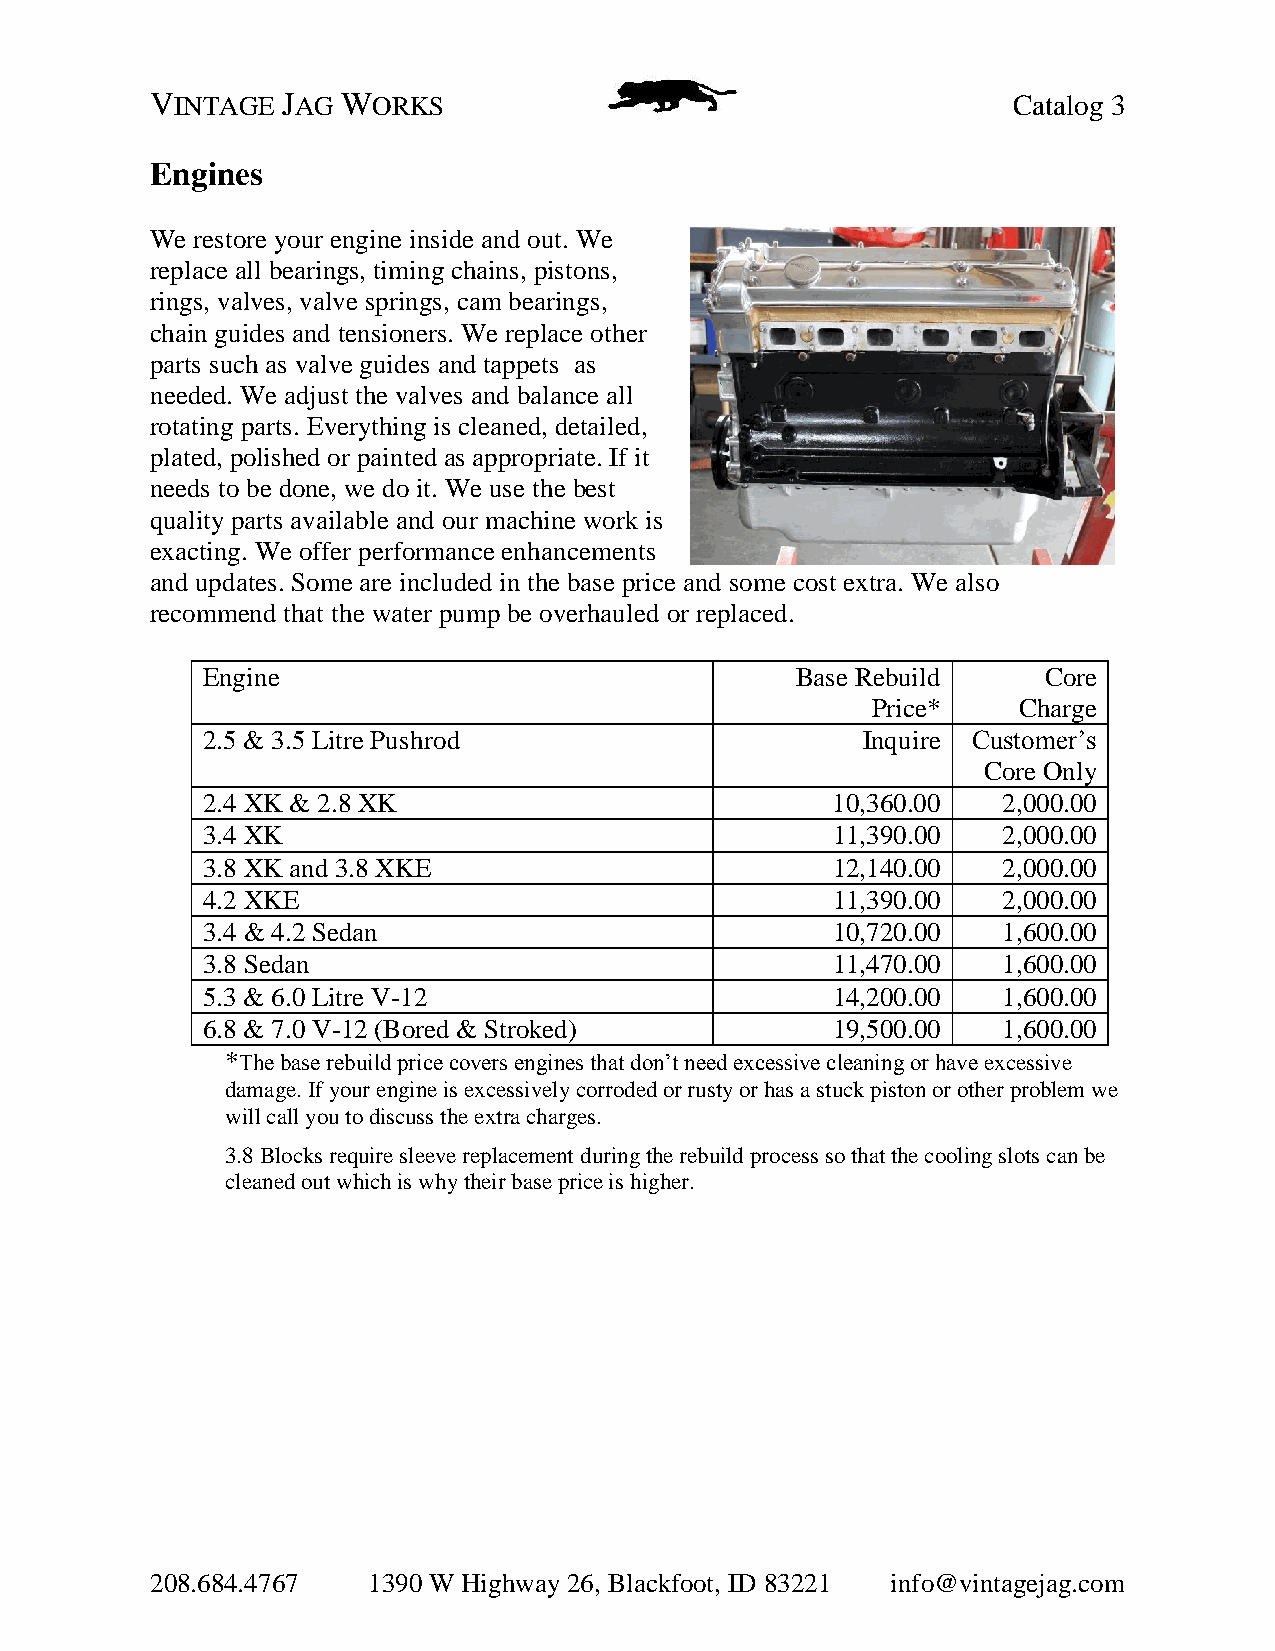
VINTAGE  JAG WORKS                                       Catalog 3
 Engines
 We restore your engine inside and out. We
 replace all bearings, timing chains, pistons,
 rings, valves, valve springs, cam bearings,
 chain guides and tensioners. We replace other
 parts such as valve guides and tappets as
 needed. We adjust the valves and balance all
 rotating parts. Everything is cleaned, detailed,
 plated, polished or painted as appropriate. If it
 needs to be done, we do it. We use the best
 quality parts available and our machine work is
 exacting. We offer performance enhancements
 and updates. Some are included in the base price and some cost extra. We also
 recommend that the water pump be overhauled or replaced.
 Engine                                  Base Rebuild    Core
 Price*   Charge
 2.5 & 3.5 Litre Pushrod                     Inquire Customer’s
 Core Only
 2.4 XK & 2.8 XK                           10,360.00  2,000.00
 3.4 XK                                    11,390.00  2,000.00
 3.8 XK and 3.8 XKE                        12,140.00  2,000.00
 4.2 XKE                                   11,390.00  2,000.00
 3.4 & 4.2 Sedan                           10,720.00  1,600.00
 3.8 Sedan                                 11,470.00  1,600.00
 5.3 & 6.0 Litre V-12                      14,200.00  1,600.00
 6.8 & 7.0 V-12 (Bored & Stroked)          19,500.00  1,600.00
 *The base rebuild price covers engines that don’t need excessive cleaning or have excessive
 damage. If your engine is excessively corroded or rusty or has a stuck piston or other problem we
 will call you to discuss the extra charges.
 3.8 Blocks require sleeve replacement during the rebuild process so that the cooling slots can be
 cleaned out which is why their base price is higher.
 208.684.4767  1390 W Highway 26, Blackfoot, ID 83221 info@vintagejag.com